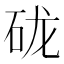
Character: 𰦭